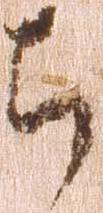
ち